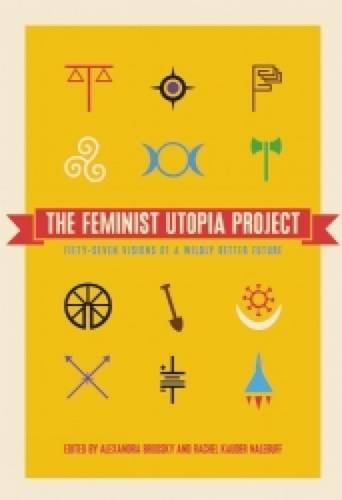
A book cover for The Feminist Utopia Project: Fifty-Seven Visions of a Wildly Better Future; Humor & Entertainment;